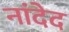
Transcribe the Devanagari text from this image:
नांदेद